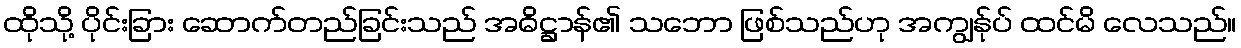
ထိုသို့ ပိုင်းခြား ဆောက်တည်ခြင်းသည် အဓိဋ္ဌာန်၏ သဘော ဖြစ်သည်ဟု အကျွန်ုပ် ထင်မိ လေသည်။